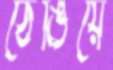
ঠেঙিয়ে